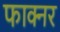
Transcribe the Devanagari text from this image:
फाक्नर